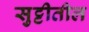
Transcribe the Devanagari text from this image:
सुट्टीतील